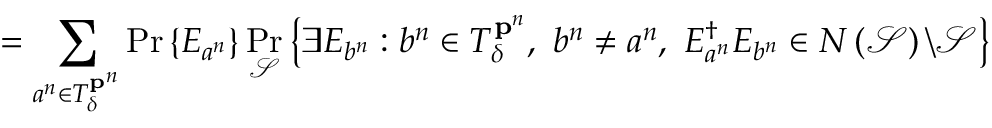
= \sum _ { a ^ { n } \in T _ { \delta } ^ { \mathbf { p } ^ { n } } } \operatorname* { P r } \left\{ E _ { a ^ { n } } \right\} \operatorname* { P r } _ { \mathcal { S } } \left\{ \exists E _ { b ^ { n } } : b ^ { n } \in T _ { \delta } ^ { \mathbf { p } ^ { n } } , \ b ^ { n } \neq a ^ { n } , \ E _ { a ^ { n } } ^ { \dagger } E _ { b ^ { n } } \in N \left( { \mathcal { S } } \right) \backslash { \mathcal { S } } \right\}